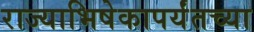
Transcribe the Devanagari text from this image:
राज्याभिषेकापर्यंतच्या